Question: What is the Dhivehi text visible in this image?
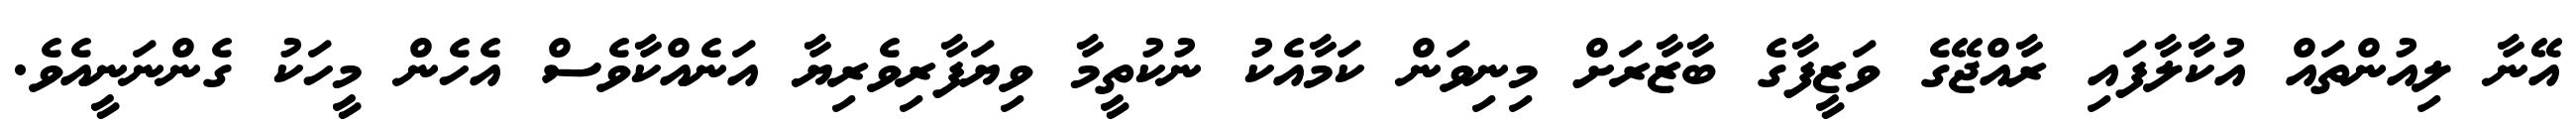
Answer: އޭނާ ލިއުންތައް އުކާލާފައި ރާއްޖޭގެ ވަޒީފާގެ ބާޒާރަށް މިނިވަން ކަމާއެކު ނުކުތީމާ ވިޔަފާރިވެރިޔާ އަނެއްކާވެސް އެހެން މީހަކު ގެންނަނީއެވެ.